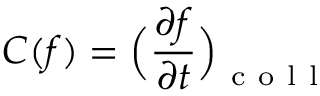
C ( f ) = \Big ( \frac { \partial f } { \partial t } \Big ) _ { \mathrm { ~ c ~ o ~ l ~ l ~ } }